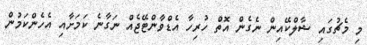
މި މެޗުގައި ޝާލްކޭއިން ނެގެން އޮތް ހުރިހާ އެޑްވާންޓޭޖެއް ނަގާނެ ކަމަށާއި އެހެންކަމުން